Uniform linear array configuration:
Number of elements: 4
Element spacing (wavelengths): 0.75
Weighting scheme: binomial
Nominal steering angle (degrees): -45
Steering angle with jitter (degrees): -46.474
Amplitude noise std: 0.05
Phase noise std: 0.05

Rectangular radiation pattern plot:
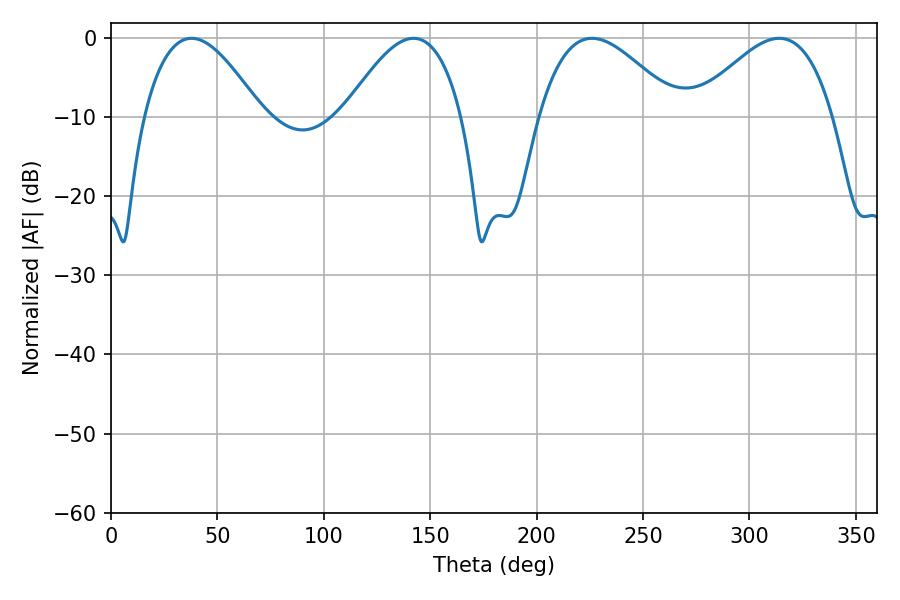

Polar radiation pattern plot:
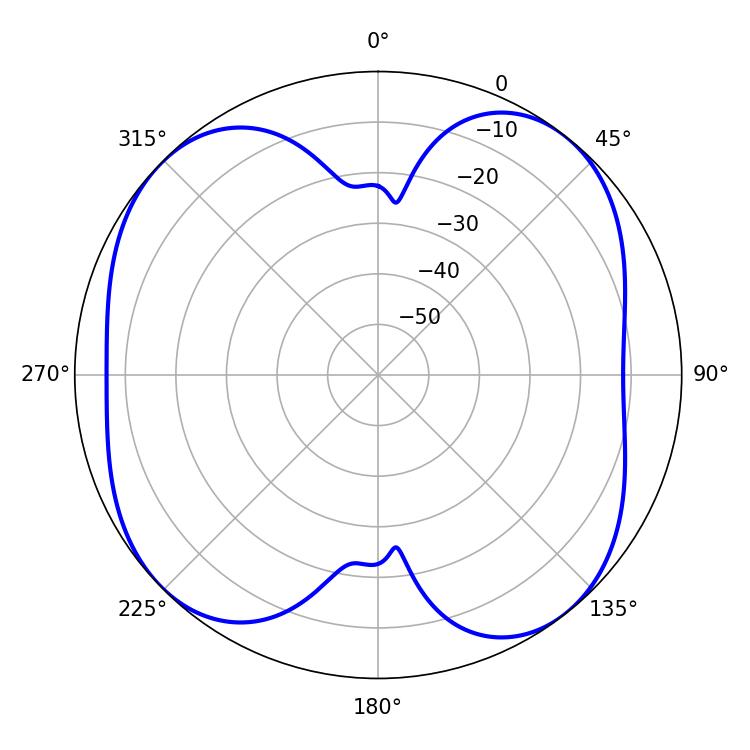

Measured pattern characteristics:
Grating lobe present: TRUE
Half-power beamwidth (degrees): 35.46
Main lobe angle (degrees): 226.08